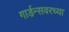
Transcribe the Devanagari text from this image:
गार्डन्सवरच्या